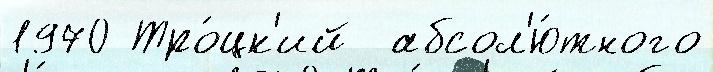
1970 Тро́цк'ий  абсол'ю́тного